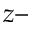
z -